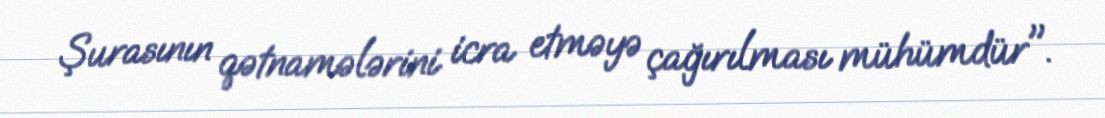
Şurasının qətnamələrini icra etməyə çağırılması mühümdür".